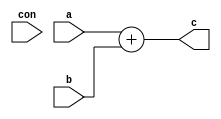
module alu(a,b,c,con);
	input[31:0]a;
	input[31:0]b;
	input[1:0]con;
	output[31:0]c;

	parameter _add=2'b11;
	parameter _sub=2'b10;
	parameter _and=2'b00;
	// parameter _or=2'b01;

	reg[31:0]d;
	assign c=a+b;
	
	// if(con==_add)
	// 	d<=(a+b);
	// else if(con==_sub)
	// 	d<=(a-b);
	// else if(con==_and)
	// 	d<=(a&b);
endmodule